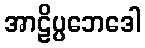
အာဠိပ္ပဘေဒေါ